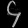
Digit: ၄